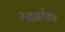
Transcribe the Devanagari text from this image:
सकार्थक